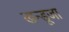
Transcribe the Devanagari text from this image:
खन्डूजा